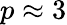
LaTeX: p\approx 3